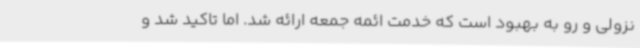
نزولی و رو به بهبود است که خدمت ائمه جمعه ارائه شد. اما تاکید شد و